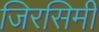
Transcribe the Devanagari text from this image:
जिरसिमी